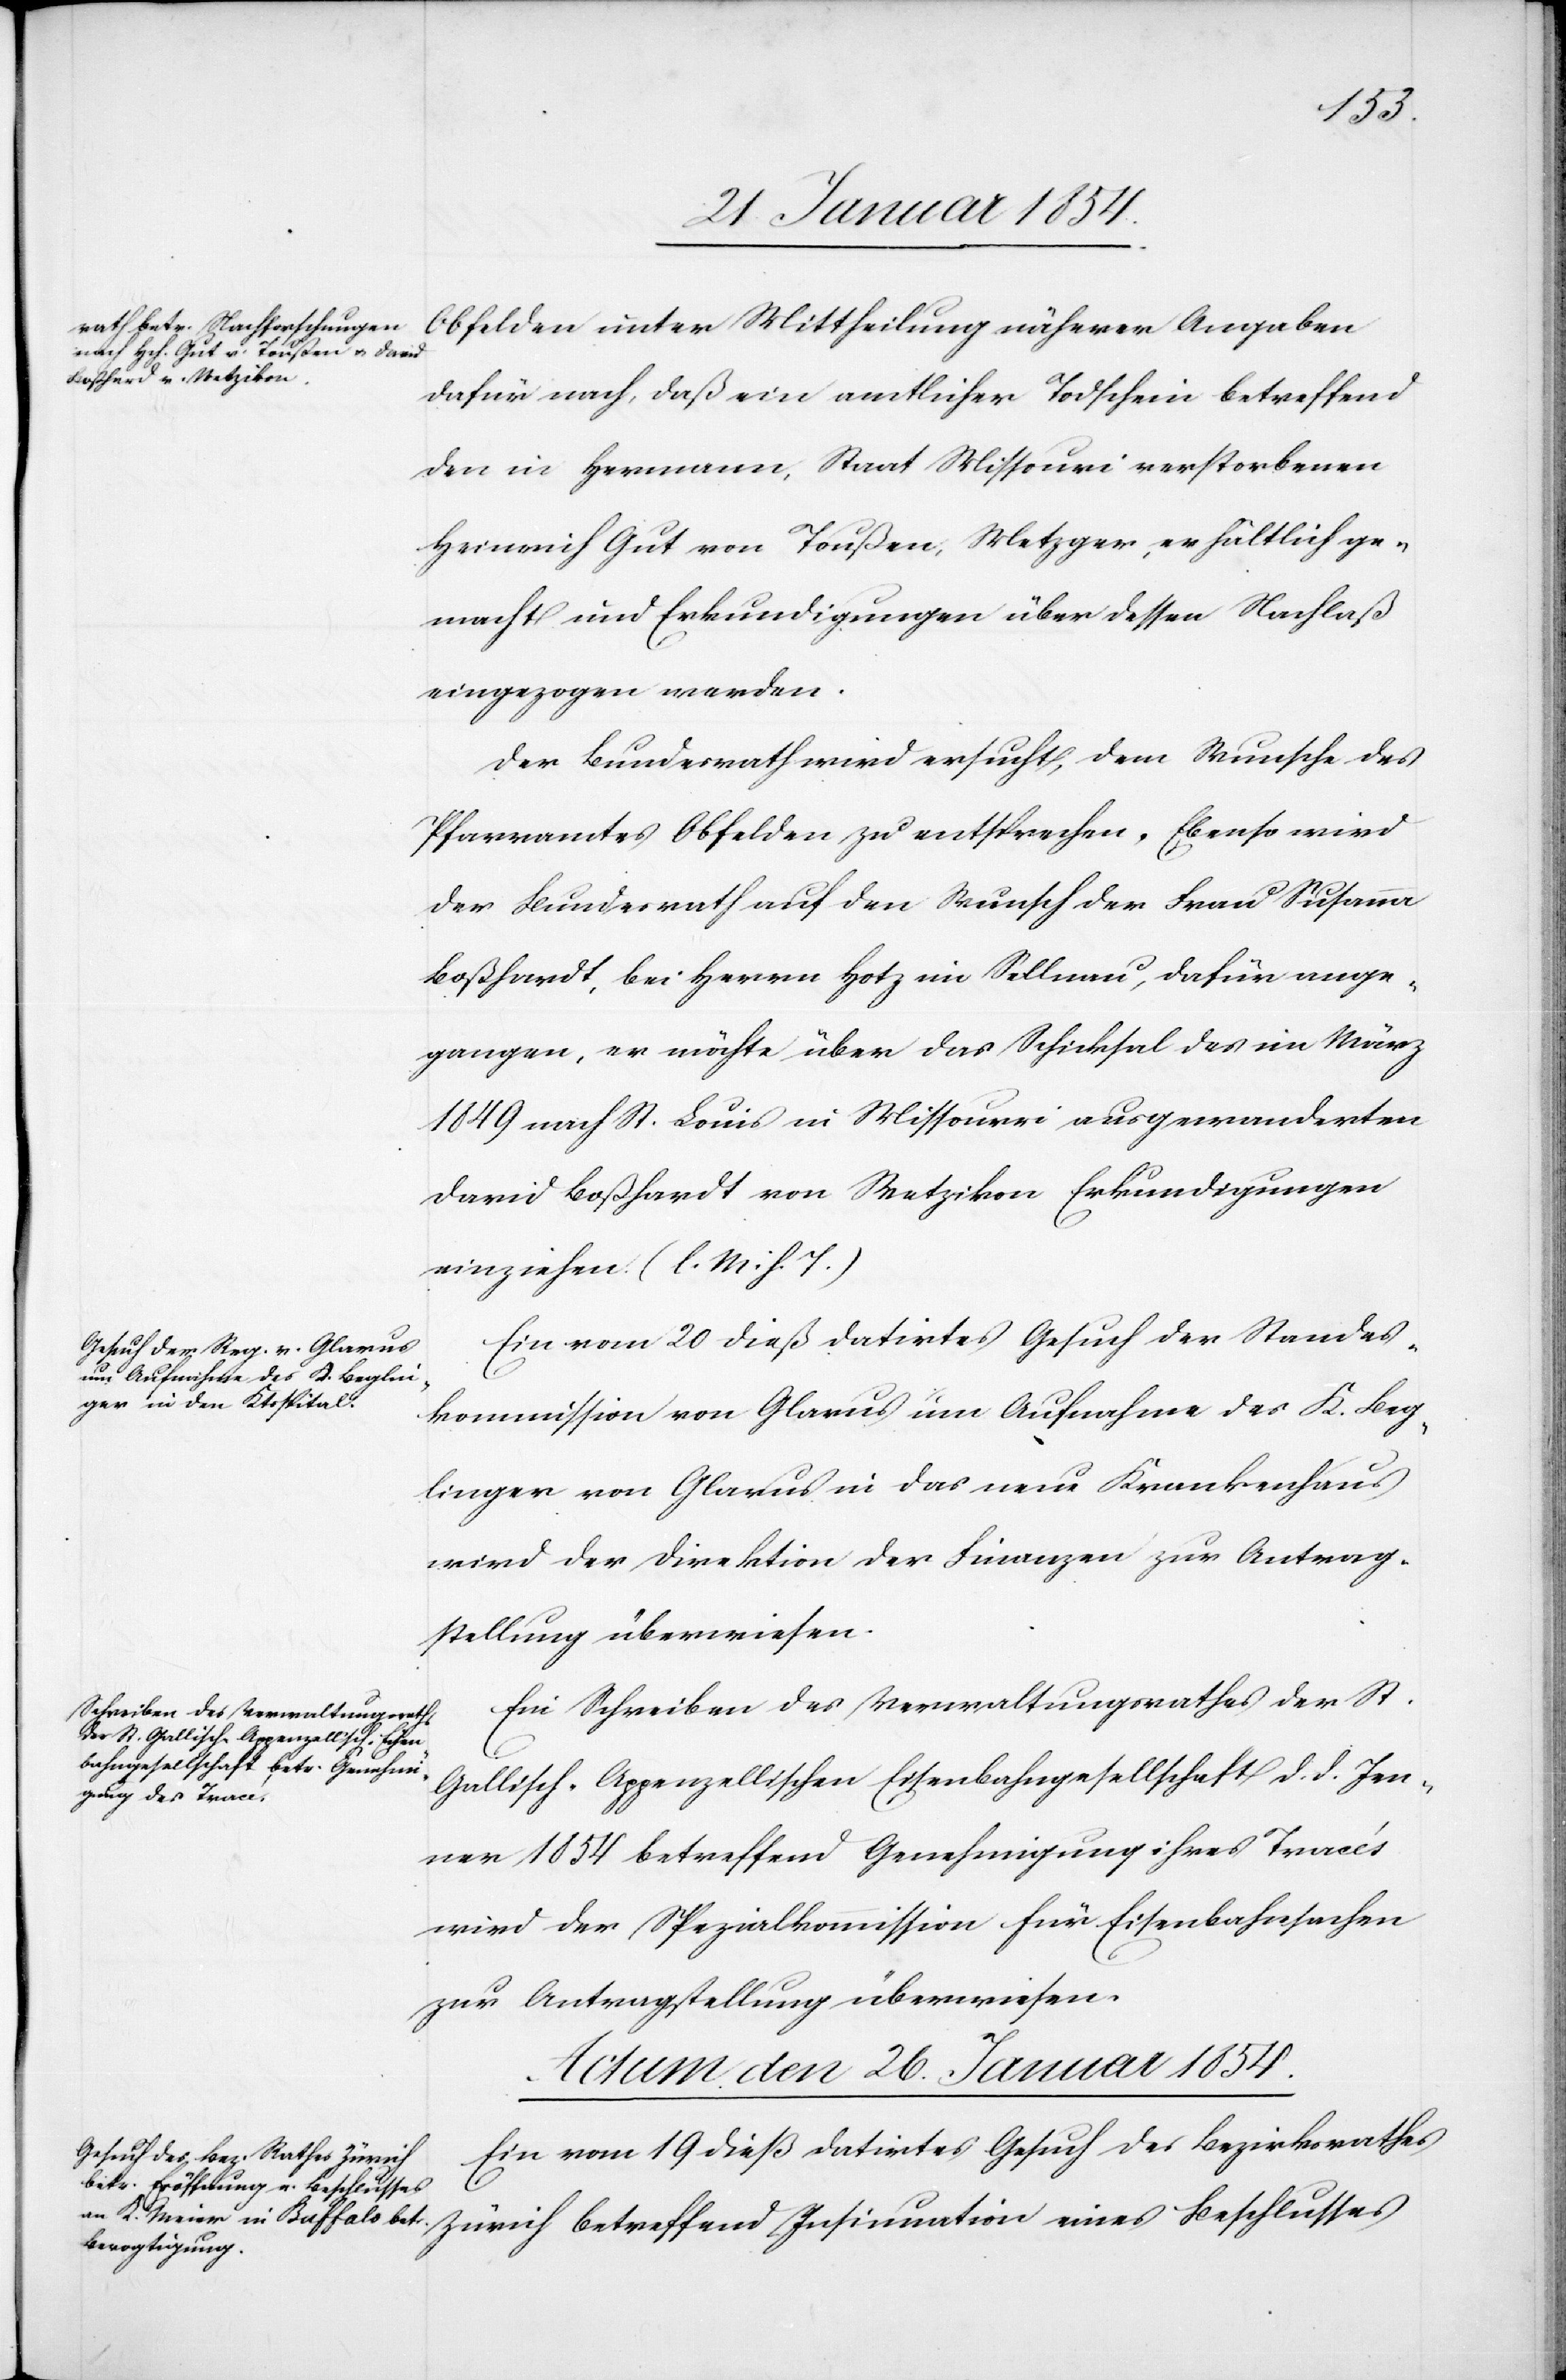
Obfelden unter Mittheilung näherer Angaben
dafür nach, daß ein amtlicher Todschein betreffend
den in Hermann, Staat Missouri verstorbenen
Heinrich Gut von Toußen, Metzger, erhältlich ge¬
macht und Erkundigungen über dessen Nachlaß
eingezogen werden.
Der Bundesrath wird ersucht, dem Wunsche des
Pfarramtes Obfelden zu entsprechen. Ebenso wird
der Bundesrath auf den Wunsch der Frau Susanna
Boßhardt, bei Herrn Hotz im Sellnau, dafür ausge¬
gangen, er möchte über das Schicksal des im März
1849 nach St. Louis in Missourri ausgewanderten
David Boßhardt von Wetzikon Erkundigungen
einziehen. (l. M. h. T.)
Ein vom 20 dieß datirtes Gesuch der Standes¬
kommission von Glarus um Aufnahme des K. Beg¬
linger von Glarus in das neue Krankenhaus
wird der Direktion der Finanzen zur Antrag¬
stellung überwiesen.
Ein Schreiben des Verwaltungsrathes der St.
Gallisch-Appenzellischen Eisenbahngesellschaft d. d. Jen¬
ner 1854 betreffend Genehmigung ihres Tracés
wird der Spezialkommission für Eisenbahnsachen
zur Antragstellung überweisen.
Actum den 26. Januar 1854.
Ein vom 19 dieß datirtes Gesuch des Bezirksrathes